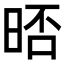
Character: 𣇊